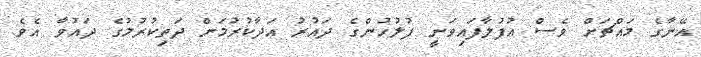
އޭނާގެ މައްޗަށް ވެސް އުފުލާފައިވަނީ ފުލުހުންގެ ދައުރު އަދާކުރުމަށް ދަތިކުރުމުގެ ދައުވާ އެވެ.